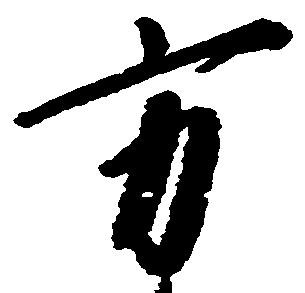
方